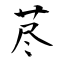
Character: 荩